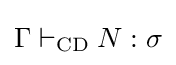
\Gamma \vdash _{\text{CD}}N:\sigma